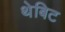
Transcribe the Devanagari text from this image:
थेबिट